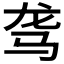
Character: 𱅅